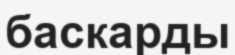
баскарды